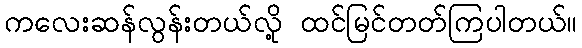
ကလေးဆန်လွန်းတယ်လို့ ထင်မြင်တတ်ကြပါတယ်။